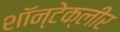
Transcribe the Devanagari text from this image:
शॉन्टेक्लीर